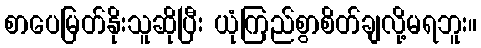
စာပေမြတ်နိုးသူဆိုပြီး ယုံကြည်စွာစိတ်ချလို့မရဘူး။